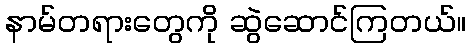
နာမ်တရားတွေကို ဆွဲဆောင်ကြတယ်။